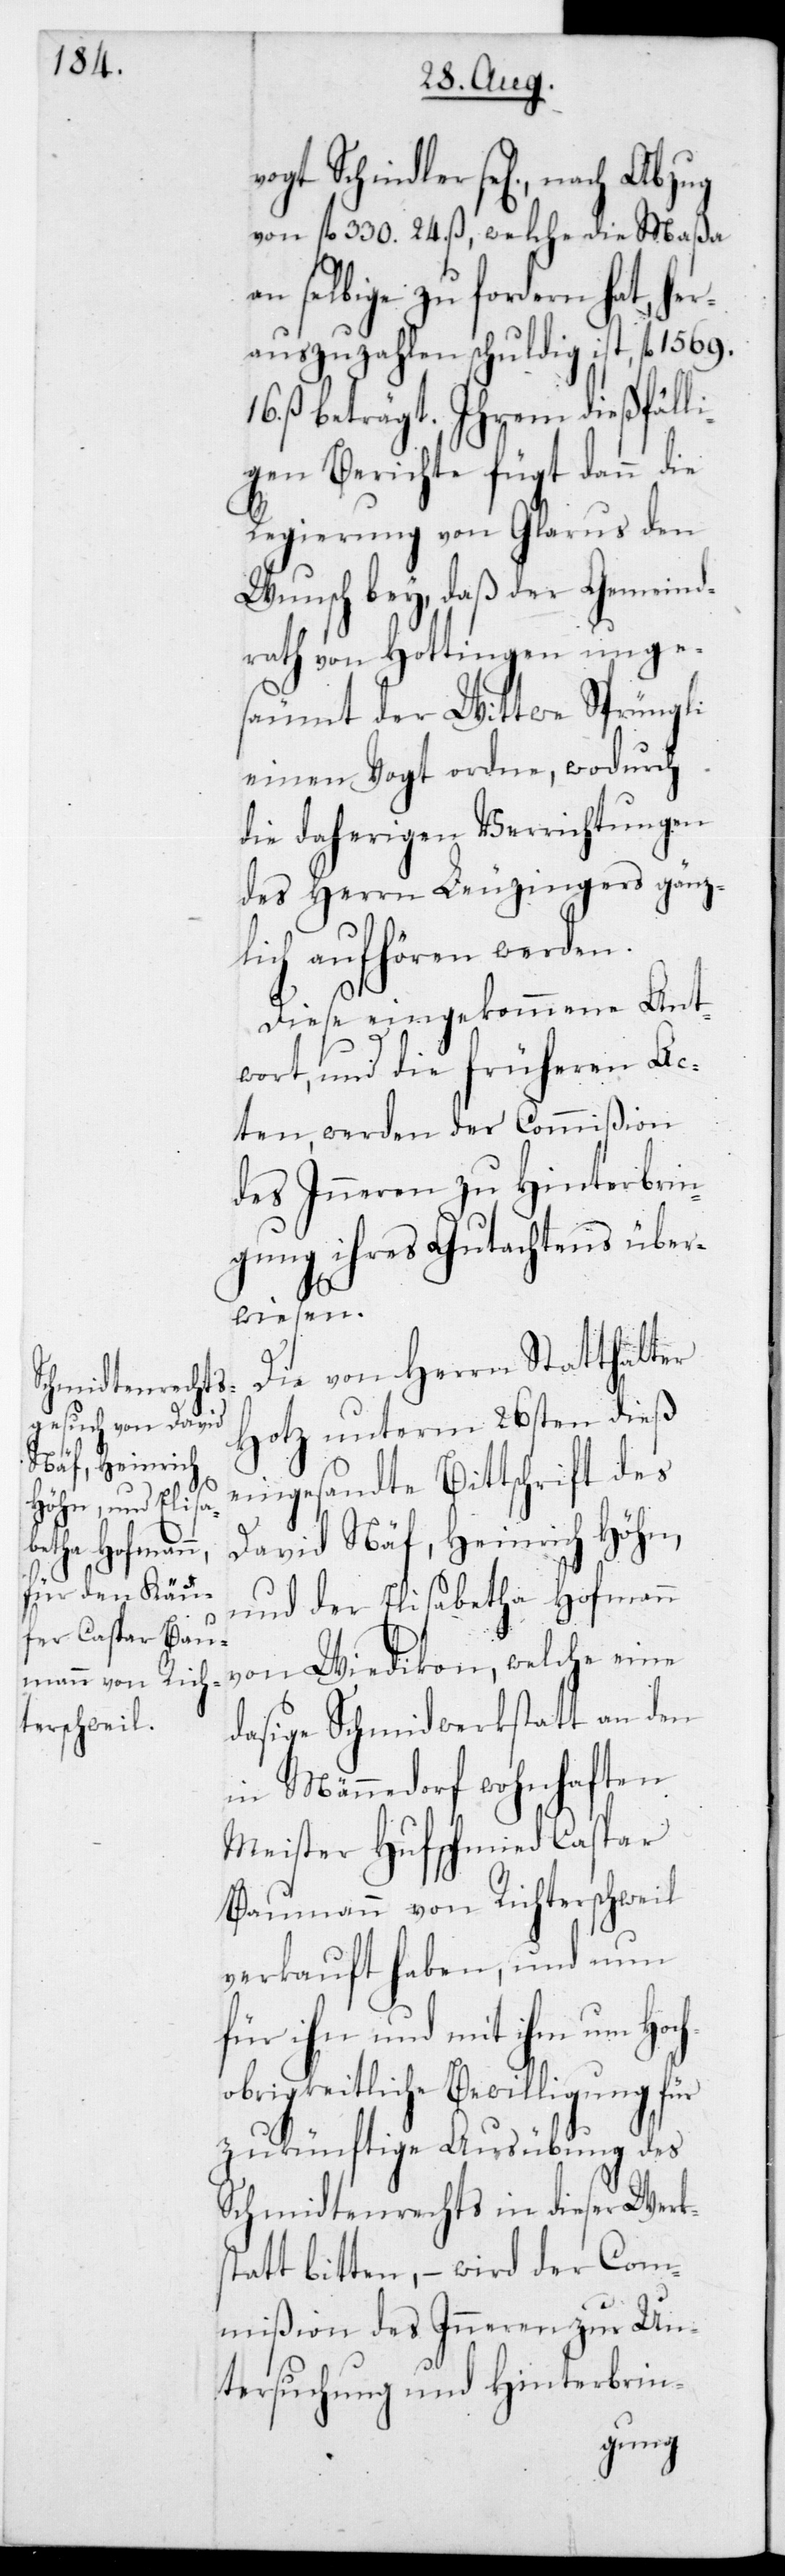
vogt Schindler sel., nach Abzug
von 330 fl. 24 ß, welche die Maßa
n selbige zu fordern hat, h¬
auszuzahlen schuldig ist, 1569
16 ß beträgt. Ihrem dießfälli¬
gen Berichte fügt dann die
Regierung von Glarus den
Wunsch bey, daß der Gemeind¬
rath von Hottingen unge¬
säumt der Wittwe Sprüngli
einen Vogt ordne, wodurch
die daherigen Verrichtungen
des Herrn Leuzingers gänz¬
lich aufhören werden.
er¬
Diese eingekommene Ant¬
wort und die früheren Ac¬
ten, werden der Commißion
des Inneren zu Hinterbrin¬
gung ihres Gutachtens über¬
wiesen.
Die von Herrn Statthalter
Hotz unterm 26sten dieß
eingesandte Bittschrift des
David Näf, Heinrich Höhn
und der Elisabetha Hofmann
von Wiedikon, welche eine
dasige Schmidwerkstatt an den
Männedorf wohnhaften
Meister Hufschmied Caspar
Baumann von Richterschweil
verkauft haben, und nun
für ihn und mit ihm um Hoch¬
obrigkeitliche Bewilligung für
zukünftige Ausübung des
Schmidtenrechts in dieser Werks¬
tatt bitten, – wird der Com¬
mißion des Inneren zur Un¬
tersuchung und Hinterbrin-